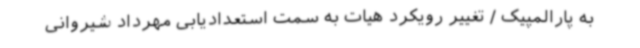
به پارالمپیک / تغییر رویکرد هیات به سمت استعدادیابی مهرداد شیروانی